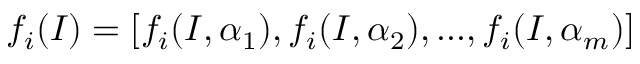
f _ { i } ( I ) = [ f _ { i } ( I , \alpha _ { 1 } ) , f _ { i } ( I , \alpha _ { 2 } ) , . . . , f _ { i } ( I , \alpha _ { m } ) ]